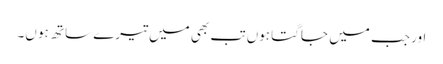
اور جب میں جاگتا ہوں تب بھی میں تیرے ساتھ ہو ں۔